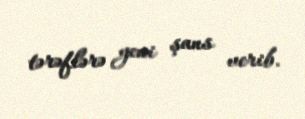
tərəflərə yeni şans verib.